Code of medical and sanitary regulations for the guidance of medical officers serving in the Madras Presidency - Volume I
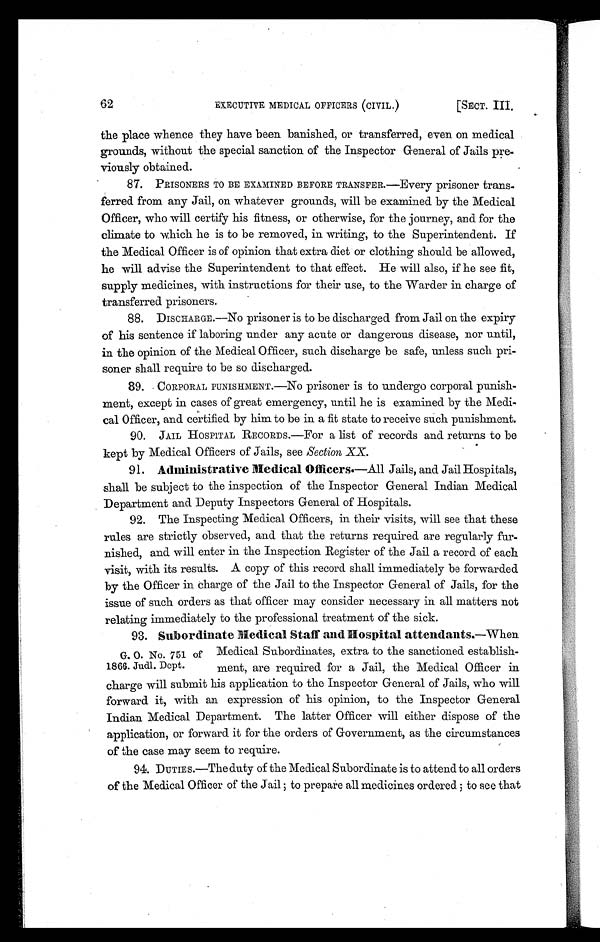
62
EXECUTIVE MEDICAL OFFICERS (CIVIL.)
[SECT. III.
the place whence they have been banished, or transferred, even on medical
grounds, without the special sanction of the Inspector General of Jails pre-
viously obtained.
87. PRISONERS TO BE EXAMINED BEFORE TRANSFER.—Every prisoner trans
- f e r r i e d f r o m a n y J a i l , o n w h a t e v e r g r o u n d s , w i l l b e e x a m i n e d b y t h e M e d i c a l
Officer, who will certify his fitness, or otherwise, for the journey, and for the
climate to which he is to be removed, in writing, to the Superintendent. If
the Medical Officer is of opinion that extra diet or clothing should be allowed,
he will advise the Superintendent to that effect. He will also, if he see fit,
supply medicines, with instructions for their use, to the Warder in charge of
transferred prisoners.
88. DISCHARGE.—No prisoner is to be discharged from Jail on the expiry
of his sentence if laboring under any acute or dangerous disease, nor until,
in the opinion of the Medical Officer, such discharge be safe, unless such pri-
soner shall require to be so discharged.
89. CORPORAL PUNISHMENT.—No prisoner is to undergo corporal punish-
ment, except in cases of great emergency, until he is examined by the Medi-
cal Officer, and certified by him to be in a fit state to receive such punishment.
90. JAIL HOSPITAL RECORDS.—For a list of records and returns to be
kept by Medical Officers of Jails, see Section XX.
91.
Administrative Medical Officers.—All Jails, and Jail Hospitals,
shall be subject to the inspection of the Inspector General Indian Medical
Department and Deputy Inspectors General of Hospitals.
92. The Inspecting Medical Officers, in their visits, will see that these
rules are strictly observed, and that the returns required are regularly fur-
nished, and will enter in the Inspection Register of the Jail a record of each
visit, with its results. A copy of this record shall immediately be forwarded
by the Officer in charge of the Jail to the Inspector General of Jails, for the
issue of such orders as that officer may consider necessary in all matters not
relating immediately to the professional treatment of the sick.
93.
Subordinate Medical Staff and Hospital attendants.— W h e n
Medical Subordinates, extra to the sanctioned establish-
ment, are required for a Jail, the Medical Officer in
charge will submit his application to the Inspector General of Jails, who will
forward it, with an expression of his opinion, to the Inspector General
Indian Medical Department. The latter Officer will either dispose of the
application, or forward it for the orders of Government, as the circumstances
of the case may seem to require.
94. DUTIES.—The duty of the Medical Subordinate is to attend to all orders
of the Medical Officer of the Jail ; to prepare all medicines ordered ; to see that
G. O. No. 751 of
1866. Judl. Dept.